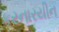
કરનારયીન